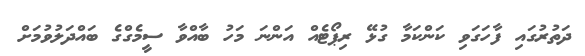
ދަތުރުގައި ފާހަގަވި ކަންކަމާ ގުޅޭ ރިޕޯޓެއް އަންނަ މަހު ބާއްވާ ސީމެގްގެ ބައްދަލުވުމަށް